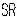
SR